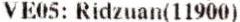
VE05: RIDZUAN(11900)